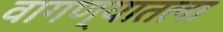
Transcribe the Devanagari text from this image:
वागण्यातला